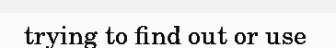
trying to find out or use